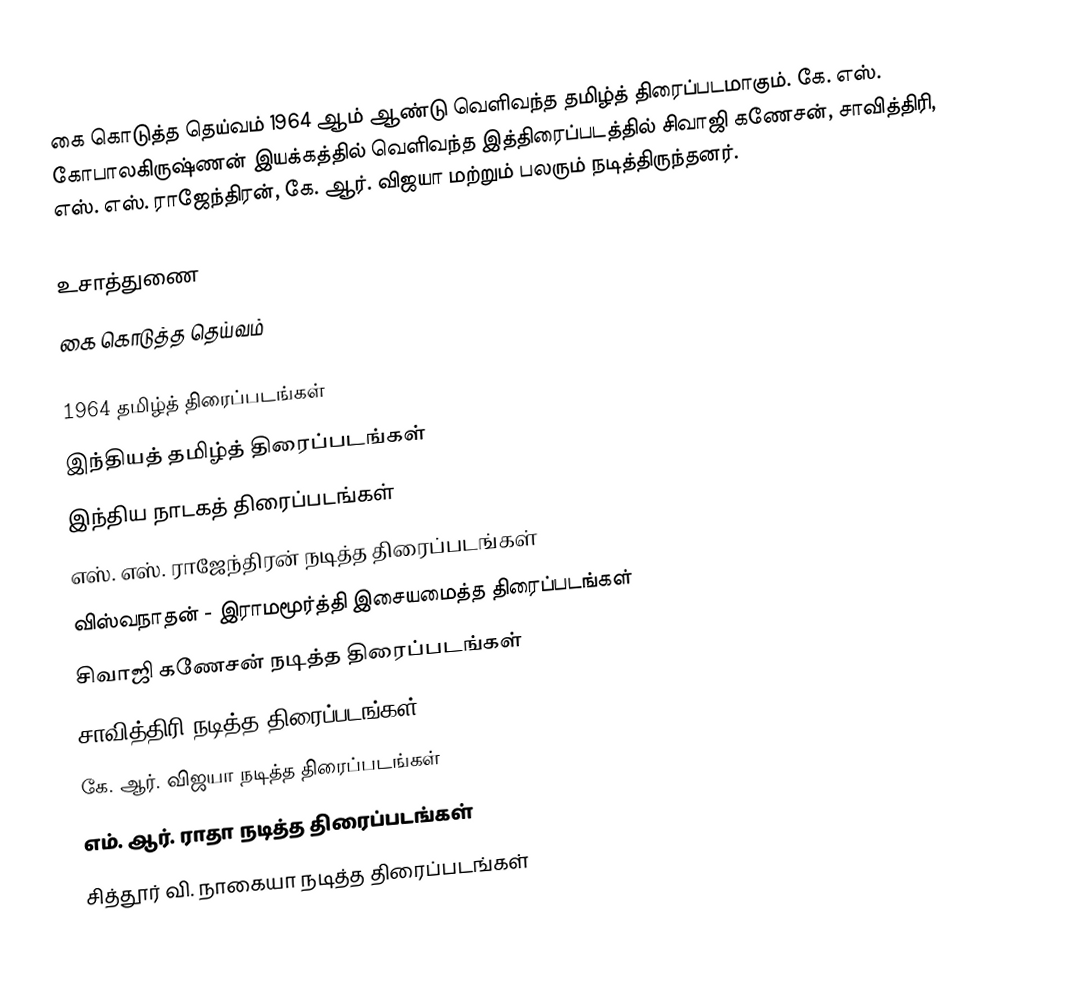
கை கொடுத்த தெய்வம் 1964 ஆம் ஆண்டு வெளிவந்த தமிழ்த் திரைப்படமாகும். கே. எஸ். கோபாலகிருஷ்ணன் இயக்கத்தில் வெளிவந்த இத்திரைப்படத்தில் சிவாஜி கணேசன், சாவித்திரி, எஸ். எஸ். ராஜேந்திரன், கே. ஆர். விஜயா மற்றும் பலரும் நடித்திருந்தனர்.

உசாத்துணை
 கை கொடுத்த தெய்வம்

1964 தமிழ்த் திரைப்படங்கள்
இந்தியத் தமிழ்த் திரைப்படங்கள்
இந்திய நாடகத் திரைப்படங்கள்
எஸ். எஸ். ராஜேந்திரன் நடித்த திரைப்படங்கள்
விஸ்வநாதன் - இராமமூர்த்தி இசையமைத்த திரைப்படங்கள்
சிவாஜி கணேசன் நடித்த திரைப்படங்கள்
சாவித்திரி நடித்த திரைப்படங்கள்
கே. ஆர். விஜயா நடித்த திரைப்படங்கள்
எம். ஆர். ராதா நடித்த திரைப்படங்கள்
சித்தூர் வி. நாகையா நடித்த திரைப்படங்கள்